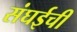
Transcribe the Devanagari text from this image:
संघईची